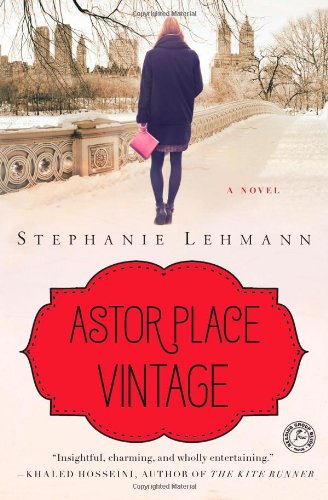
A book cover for Astor Place Vintage: A Novel; Stephanie Lehmann; Literature & Fiction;